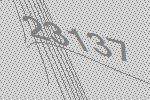
23137